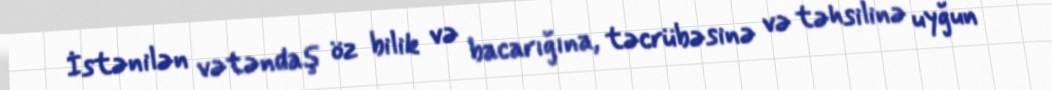
İstənilən vətəndaş öz bilik və bacarığına, təcrübəsinə və təhsilinə uyğun